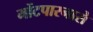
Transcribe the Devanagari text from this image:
मोंटपारनासे